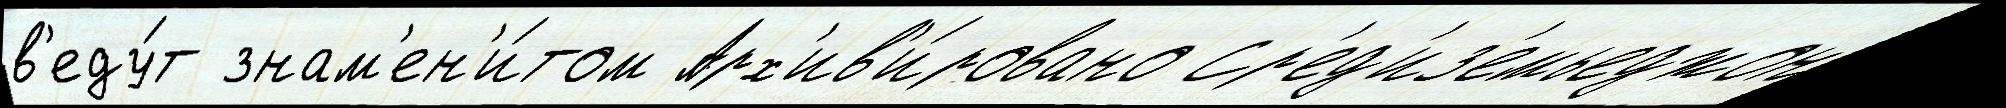
в'еду́т знам'ен'и́том Арх'ив'и́ровано Ср'ед'из'емьеджон